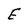
Character: E